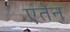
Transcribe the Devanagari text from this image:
एंतेन